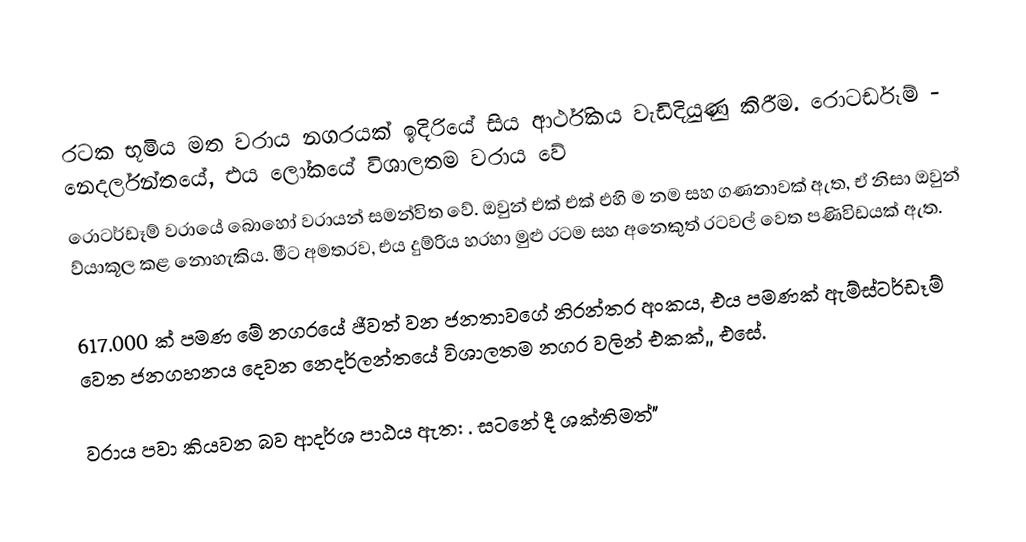

රටක භූමිය මත වරාය නගරයක් ඉදිරියේ සිය ආර්ථිකය වැඩිදියුණු කිරීම. රොටර්ඩෑම් - නෙදර්ලන්තයේ, එය ලෝකයේ විශාලතම වරාය වේ
රොටර්ඩෑම් වරායේ බොහෝ වරායන් සමන්විත වේ. ඔවුන් එක් එක් එහි ම නම සහ ගණනාවක් ඇත, ඒ නිසා ඔවුන් ව්යාකූල කළ නොහැකිය. මීට අමතරව, එය දුම්රිය හරහා මුළු රටම සහ අනෙකුත් රටවල් වෙත පණිවිඩයක් ඇත.

617.000 ක් පමණ මේ නගරයේ ජීවත් වන ජනතාවගේ නිරන්තර අංකය, එය පමණක් ඇම්ස්ටර්ඩෑම් වෙත ජනගහනය දෙවන නෙදර්ලන්තයේ විශාලතම නගර වලින් එකක්,, එසේ.

වරාය පවා කියවන බව ආදර්ශ පාඨය ඇත:  . සටනේ දී ශක්තිමත්"